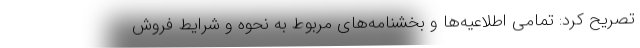
تصریح کرد: تمامی اطلاعیه‌ها و بخشنامه‌های مربوط به نحوه و شرایط فروش